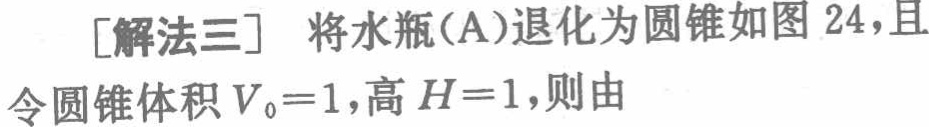
[解法三] 将水瓶(A)退化为圆锥如图 24,且
令圆锥体积\(V_{0}=1\),高\(H = 1\),则由